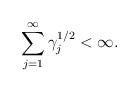
LaTeX: \begin{align*}\sum_{j=1}^\infty\gamma_j^{1/2}<\infty. \end{align*}